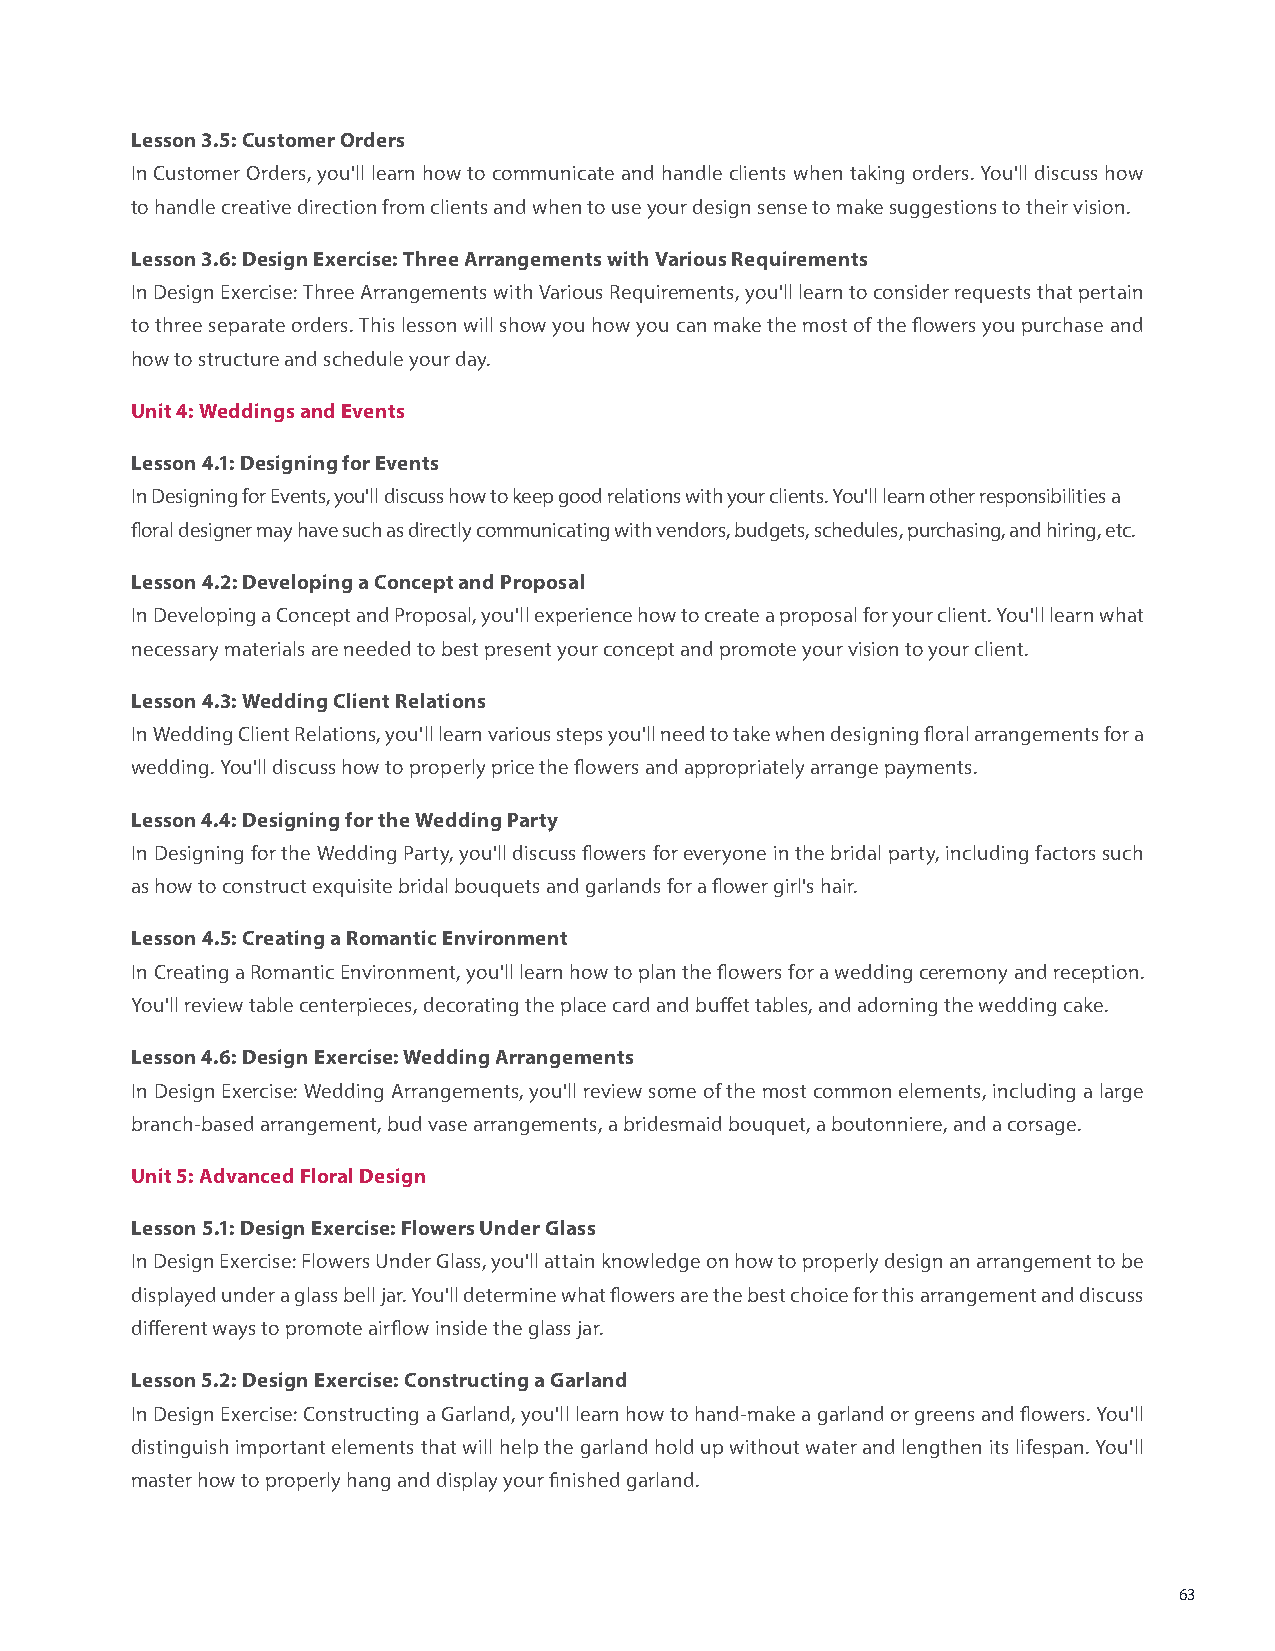
Lesson 3.5: Customer Orders
 In Customer Orders, you'll learn how to communicate and handle clients when taking orders. You'll discuss how
 to handle creative direction from clients and when to use your design sense to make suggestions to their vision.
 Lesson 3.6: Design Exercise: Three Arrangements with Various Requirements
 In Design Exercise: Three Arrangements with Various Requirements, you'll learn to consider requests that pertain
 to three separate orders. This lesson will show you how you can make the most of the flowers you purchase and
 how to structure and schedule your day.
 Unit 4: Weddings and Events
 Lesson 4.1: Designing for Events
 In Designing for Events, you'll discuss how to keep good relations with your clients. You'll learn other responsibilities a
 floral designer may have such as directly communicating with vendors, budgets, schedules, purchasing, and hiring, etc.
 Lesson 4.2: Developing a Concept and Proposal
 In Developing a Concept and Proposal, you'll experience how to create a proposal for your client. You'll learn what
 necessary materials are needed to best present your concept and promote your vision to your client.
 Lesson 4.3: Wedding Client Relations
 In Wedding Client Relations, you'll learn various steps you'll need to take when designing floral arrangements for a
 wedding. You'll discuss how to properly price the flowers and appropriately arrange payments.
 Lesson 4.4: Designing for the Wedding Party
 In Designing for the Wedding Party, you'll discuss flowers for everyone in the bridal party, including factors such
 as how to construct exquisite bridal bouquets and garlands for a flower girl's hair.
 Lesson 4.5: Creating a Romantic Environment
 In Creating a Romantic Environment, you'll learn how to plan the flowers for a wedding ceremony and reception.
 You'll review table centerpieces, decorating the place card and buffet tables, and adorning the wedding cake.
 Lesson 4.6: Design Exercise: Wedding Arrangements
 In Design Exercise: Wedding Arrangements, you'll review some of the most common elements, including a large
 branch-based arrangement, bud vase arrangements, a bridesmaid bouquet, a boutonniere, and a corsage.
 Unit 5: Advanced Floral Design
 Lesson 5.1: Design Exercise: Flowers Under Glass
 In Design Exercise: Flowers Under Glass, you'll attain knowledge on how to properly design an arrangement to be
 displayed under a glass bell jar. You'll determine what flowers are the best choice for this arrangement and discuss
 different ways to promote airflow inside the glass jar.
 Lesson 5.2: Design Exercise: Constructing a Garland
 In Design Exercise: Constructing a Garland, you'll learn how to hand-make a garland or greens and flowers. You'll
 distinguish important elements that will help the garland hold up without water and lengthen its lifespan. You'll
 master how to properly hang and display your finished garland.
 63